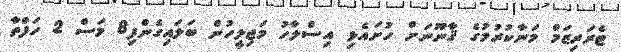
ޓެރަރިޒަމް މަނާކުރުމުގެ ޤާނޫނަށް ހުށައެޅި އިސްލާހު މަޖިލީހުން ބަލައިގެންފި8 މަސް 2 ހަފްތާ